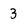
Character: 3